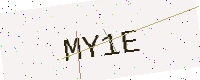
Text: MY1E